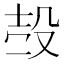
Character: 𣪊